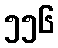
၅၅၆